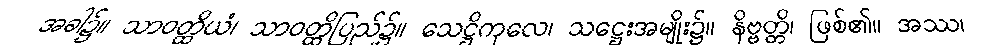
အခါ၌။ သာဝတ္ထိယံ၊ သာဝတ္ထိပြည်၌။ သေဋ္ဌိကုလေ၊ သဋ္ဌေးအမျိုး၌။ နိဗ္ဗတ္တိ၊ ဖြစ်၏။ အဿ၊